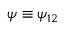
\psi \equiv \psi _ { 1 2 }